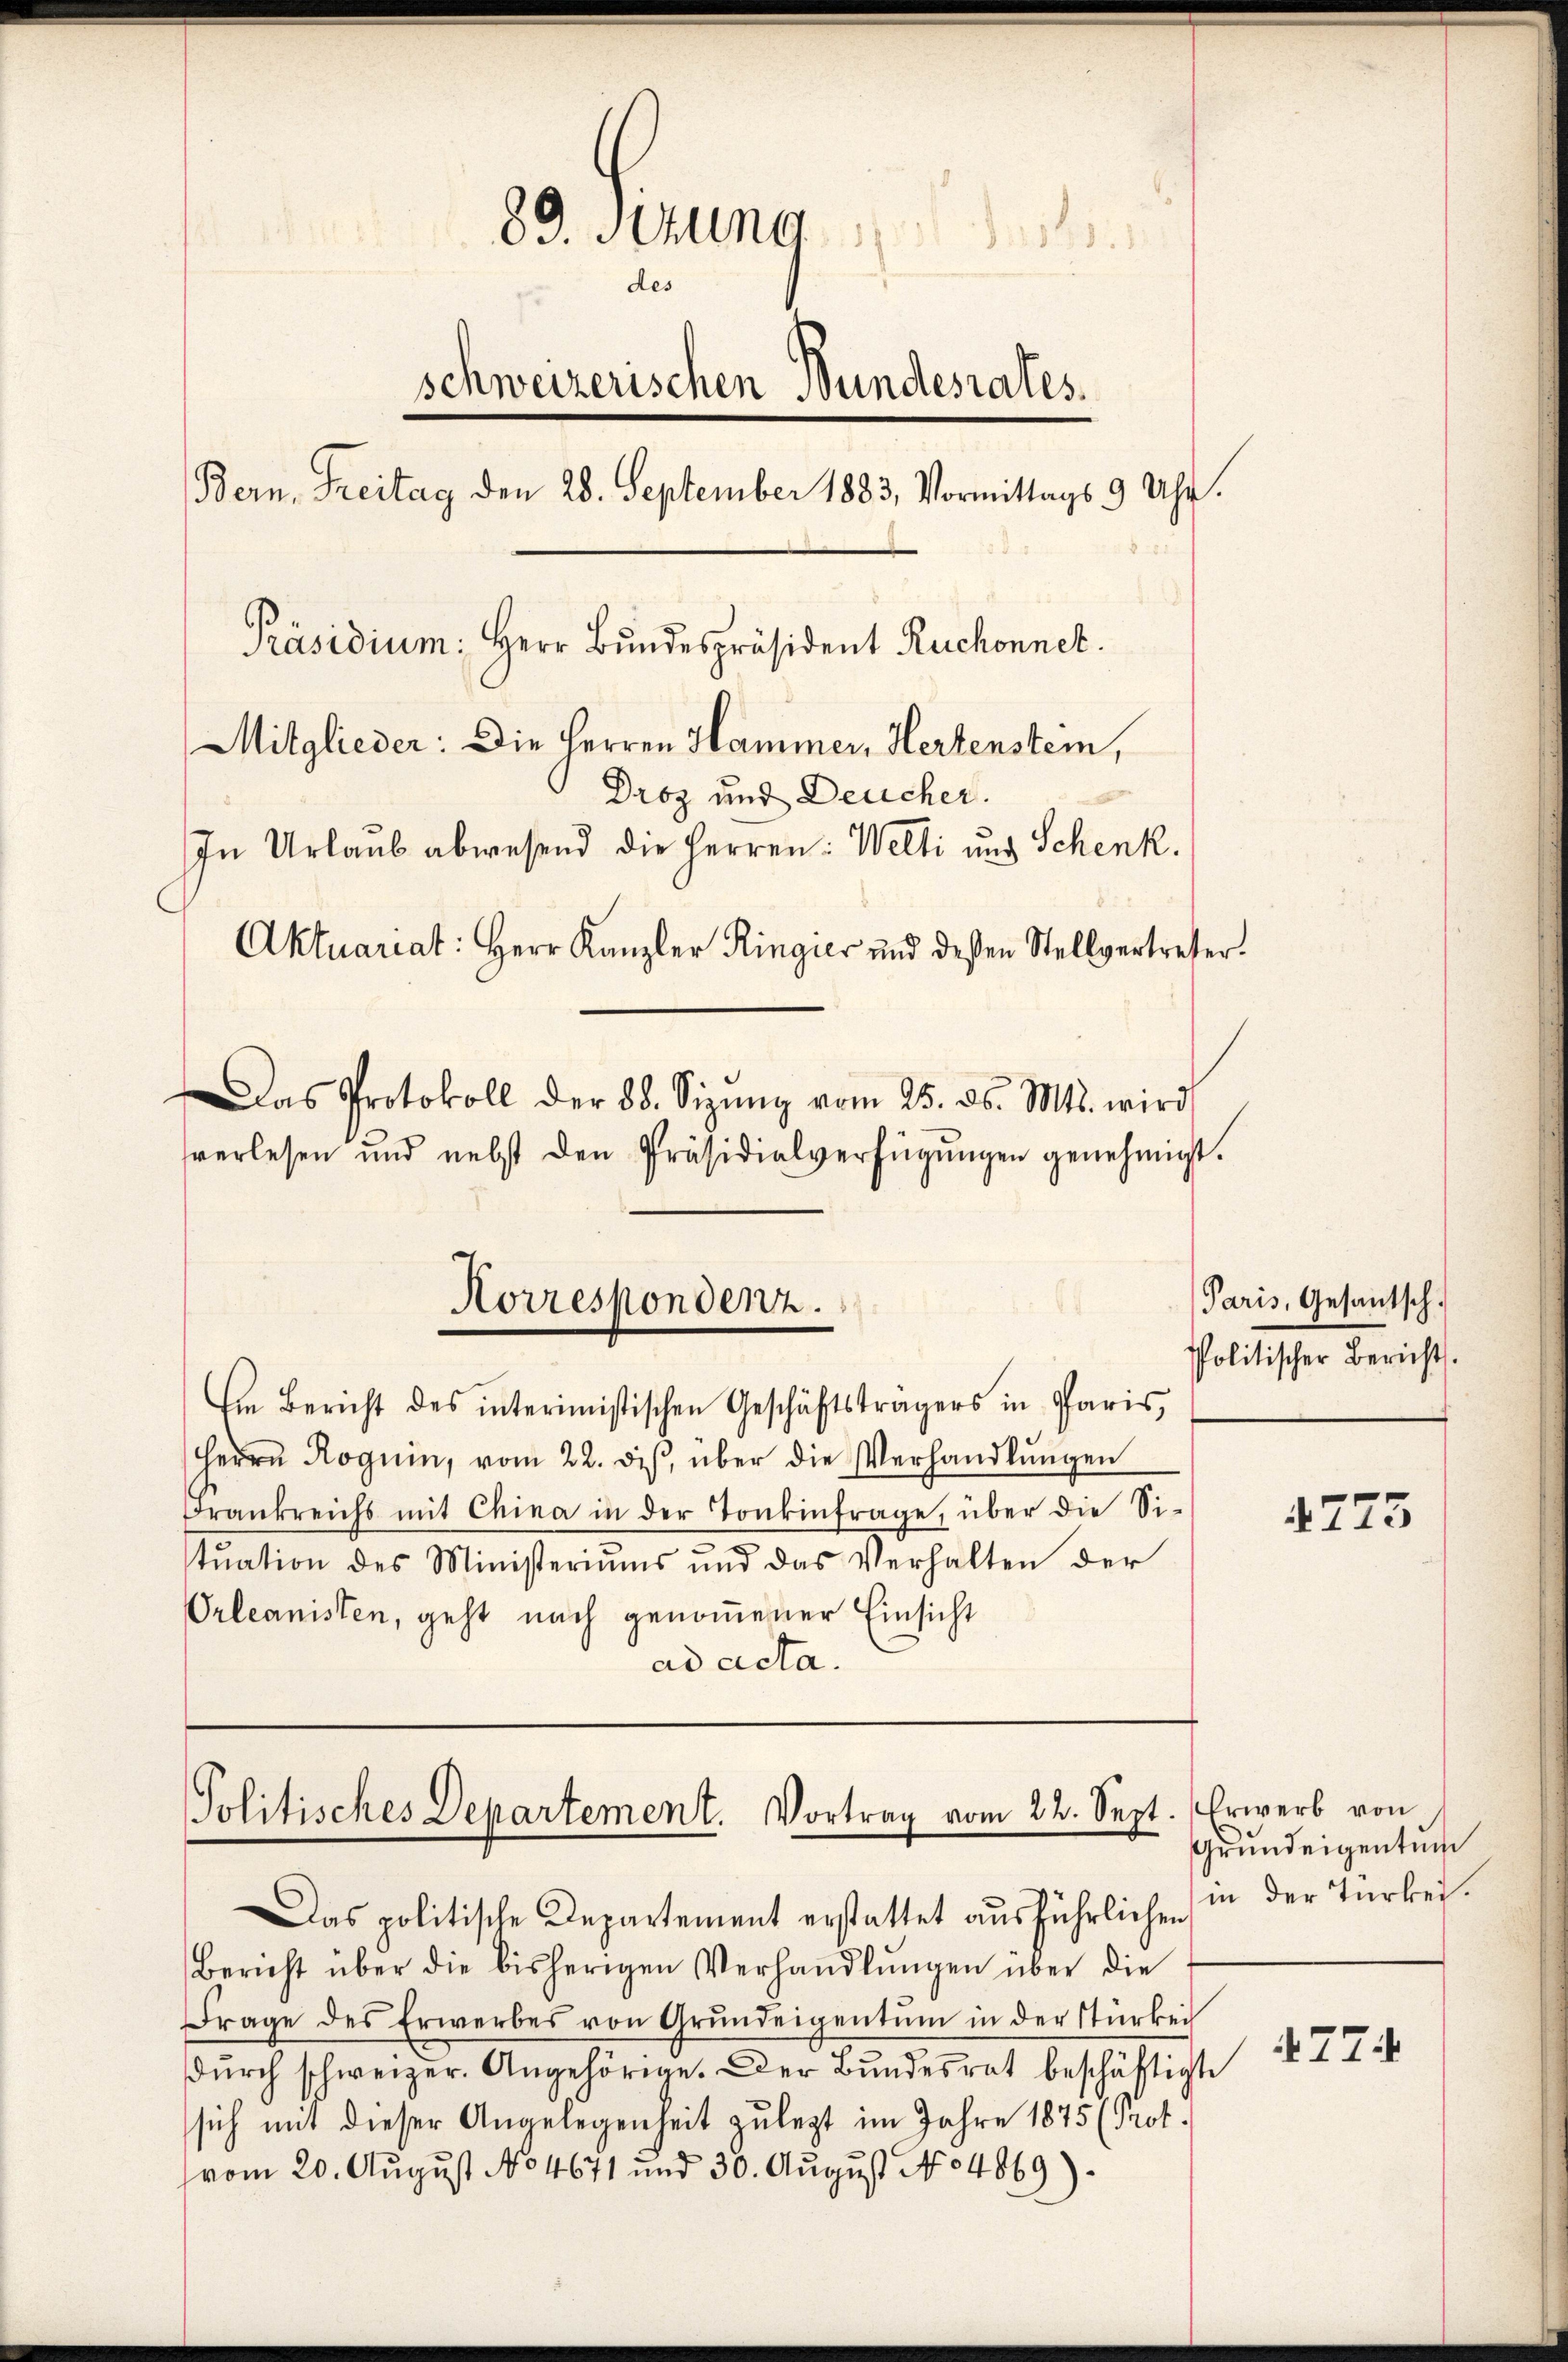
89. Sizung d
des
schweizerischen Bundesrates.
Bern, Freitag den 28. September 1883, Vormittags 9 Uhr.
Präsidium: Herr Bundespräsident Ruchonnet.
Mitglieder: Die Herren Hammer, Hertenstein,
Droz und Deucher.
In Urlaub abwesend die Herren: Welti und Schenk.
Aktuariat: Herr Kanzler Ringier und dessen Stellvertreter.
Das Protokoll der 88. Sizŭng vom 25. ds. Mts. wird
verlesen und nebst den Präsidialverfügŭngen genehmigt.

Korrespondenz.
A.

Ein Bericht des interimistischen Geschäftsträgers in Paris,
Herrn Roguin, vom 22. dies, über die Verhandlungen
Frankreichs mit China in der Tonkinfrage, über die Sistŭation des Ministeriums und das Verhalten der
Orleanisten, geht nach genommener Einsicht
ad acta.

Politisches Departement. Vortrag vom 22. Sept. Erwerb von
Das politische Departement erstattet ausführlichen

Paris, Gesantsch.
politischer Bericht.

Bericht über die bisherigen Verhandlŭngen über die
Frage des Erwerbes von Grundeigentum in der Stürkei
dŭrch schweizer. Angehörige. Der Bŭndesrat beschäftigte
sich mit dieser Angelegenheit zu legt im Jahre 1875 (Prot.
(vom 20. August No 4671 und 30. August No. 4869).

4773

Grundeigentum
in der Türkei.

77